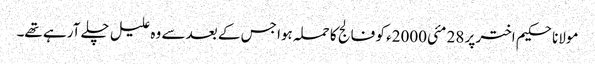
مولانا حکیم اختر پر 28 مئی2000ء کو فالج کا حملہ ہوا جس کے بعد سے وہ علیل چلے آرہے تھے۔